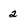
Character: 2